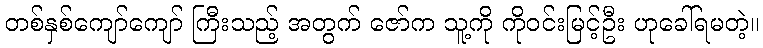
တစ်နှစ်ကျော်ကျော် ကြီးသည့် အတွက် ဇော်က သူ့ကို ကိုဝင်းမြင့်ဦး ဟုခေါ်ရမတဲ့။